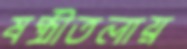
ষষ্ঠীতলায়